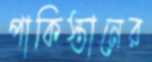
পাকিস্তানের